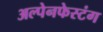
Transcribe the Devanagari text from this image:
अल्पेनफेस्टंग